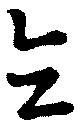
同